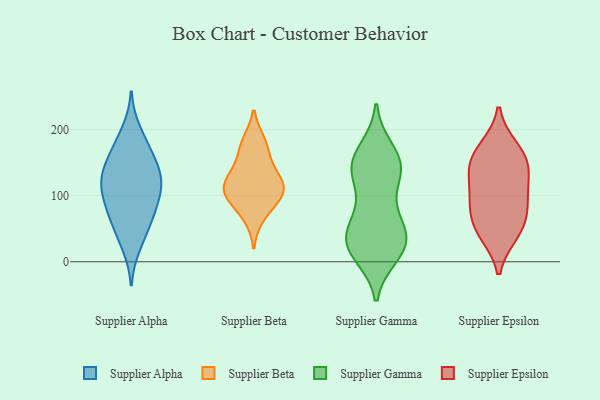
{"axis": {"x": "Humidity (%)", "y": "Value"}, "legend": ["Supplier Alpha", "Supplier Beta", "Supplier Epsilon", "Supplier Gamma"], "data": [{"x": "", "y": 90, "type": "Supplier Alpha"}, {"x": "", "y": 23, "type": "Supplier Alpha"}, {"x": "", "y": 132, "type": "Supplier Alpha"}, {"x": "", "y": 133, "type": "Supplier Alpha"}, {"x": "", "y": 199, "type": "Supplier Alpha"}, {"x": "", "y": 138, "type": "Supplier Alpha"}, {"x": "", "y": 40, "type": "Supplier Alpha"}, {"x": "", "y": 74, "type": "Supplier Alpha"}, {"x": "", "y": 106, "type": "Supplier Alpha"}, {"x": "", "y": 66, "type": "Supplier Alpha"}, {"x": "", "y": 168, "type": "Supplier Alpha"}, {"x": "", "y": 157, "type": "Supplier Alpha"}, {"x": "", "y": 110, "type": "Supplier Alpha"}, {"x": "", "y": 177, "type": "Supplier Alpha"}, {"x": "", "y": 65, "type": "Supplier Alpha"}, {"x": "", "y": 126, "type": "Supplier Alpha"}, {"x": "", "y": 106, "type": "Supplier Alpha"}, {"x": "", "y": 68, "type": "Supplier Beta"}, {"x": "", "y": 181, "type": "Supplier Beta"}, {"x": "", "y": 107, "type": "Supplier Beta"}, {"x": "", "y": 109, "type": "Supplier Beta"}, {"x": "", "y": 124, "type": "Supplier Beta"}, {"x": "", "y": 98, "type": "Supplier Beta"}, {"x": "", "y": 126, "type": "Supplier Beta"}, {"x": "", "y": 97, "type": "Supplier Beta"}, {"x": "", "y": 146, "type": "Supplier Beta"}, {"x": "", "y": 175, "type": "Supplier Beta"}, {"x": "", "y": 30, "type": "Supplier Gamma"}, {"x": "", "y": 48, "type": "Supplier Gamma"}, {"x": "", "y": 149, "type": "Supplier Gamma"}, {"x": "", "y": 78, "type": "Supplier Gamma"}, {"x": "", "y": 68, "type": "Supplier Gamma"}, {"x": "", "y": 164, "type": "Supplier Gamma"}, {"x": "", "y": 42, "type": "Supplier Gamma"}, {"x": "", "y": 20, "type": "Supplier Gamma"}, {"x": "", "y": 126, "type": "Supplier Gamma"}, {"x": "", "y": 25, "type": "Supplier Gamma"}, {"x": "", "y": 149, "type": "Supplier Gamma"}, {"x": "", "y": 134, "type": "Supplier Gamma"}, {"x": "", "y": 22, "type": "Supplier Gamma"}, {"x": "", "y": 15, "type": "Supplier Gamma"}, {"x": "", "y": 133, "type": "Supplier Gamma"}, {"x": "", "y": 141, "type": "Supplier Gamma"}, {"x": "", "y": 10, "type": "Supplier Gamma"}, {"x": "", "y": 170, "type": "Supplier Gamma"}, {"x": "", "y": 52, "type": "Supplier Gamma"}, {"x": "", "y": 137, "type": "Supplier Epsilon"}, {"x": "", "y": 147, "type": "Supplier Epsilon"}, {"x": "", "y": 166, "type": "Supplier Epsilon"}, {"x": "", "y": 136, "type": "Supplier Epsilon"}, {"x": "", "y": 172, "type": "Supplier Epsilon"}, {"x": "", "y": 43, "type": "Supplier Epsilon"}, {"x": "", "y": 100, "type": "Supplier Epsilon"}, {"x": "", "y": 60, "type": "Supplier Epsilon"}, {"x": "", "y": 45, "type": "Supplier Epsilon"}, {"x": "", "y": 93, "type": "Supplier Epsilon"}, {"x": "", "y": 84, "type": "Supplier Epsilon"}]}